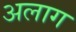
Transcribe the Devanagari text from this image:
अलाग